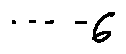
\cdots - 6